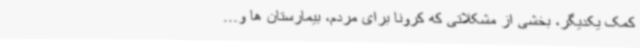
کمک یکدیگر، بخشی از مشکلاتی که کرونا برای مردم، بیمارستان ها و...